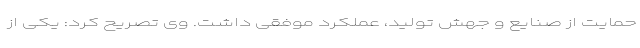
حمایت از صنایع و جهش تولید، عملکرد موفقی داشت. وی تصریح کرد: یکی از